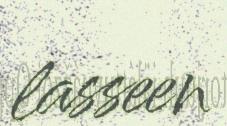
lasseen